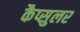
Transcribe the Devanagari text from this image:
कैप्सुलर